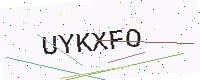
Text: UYKXFO